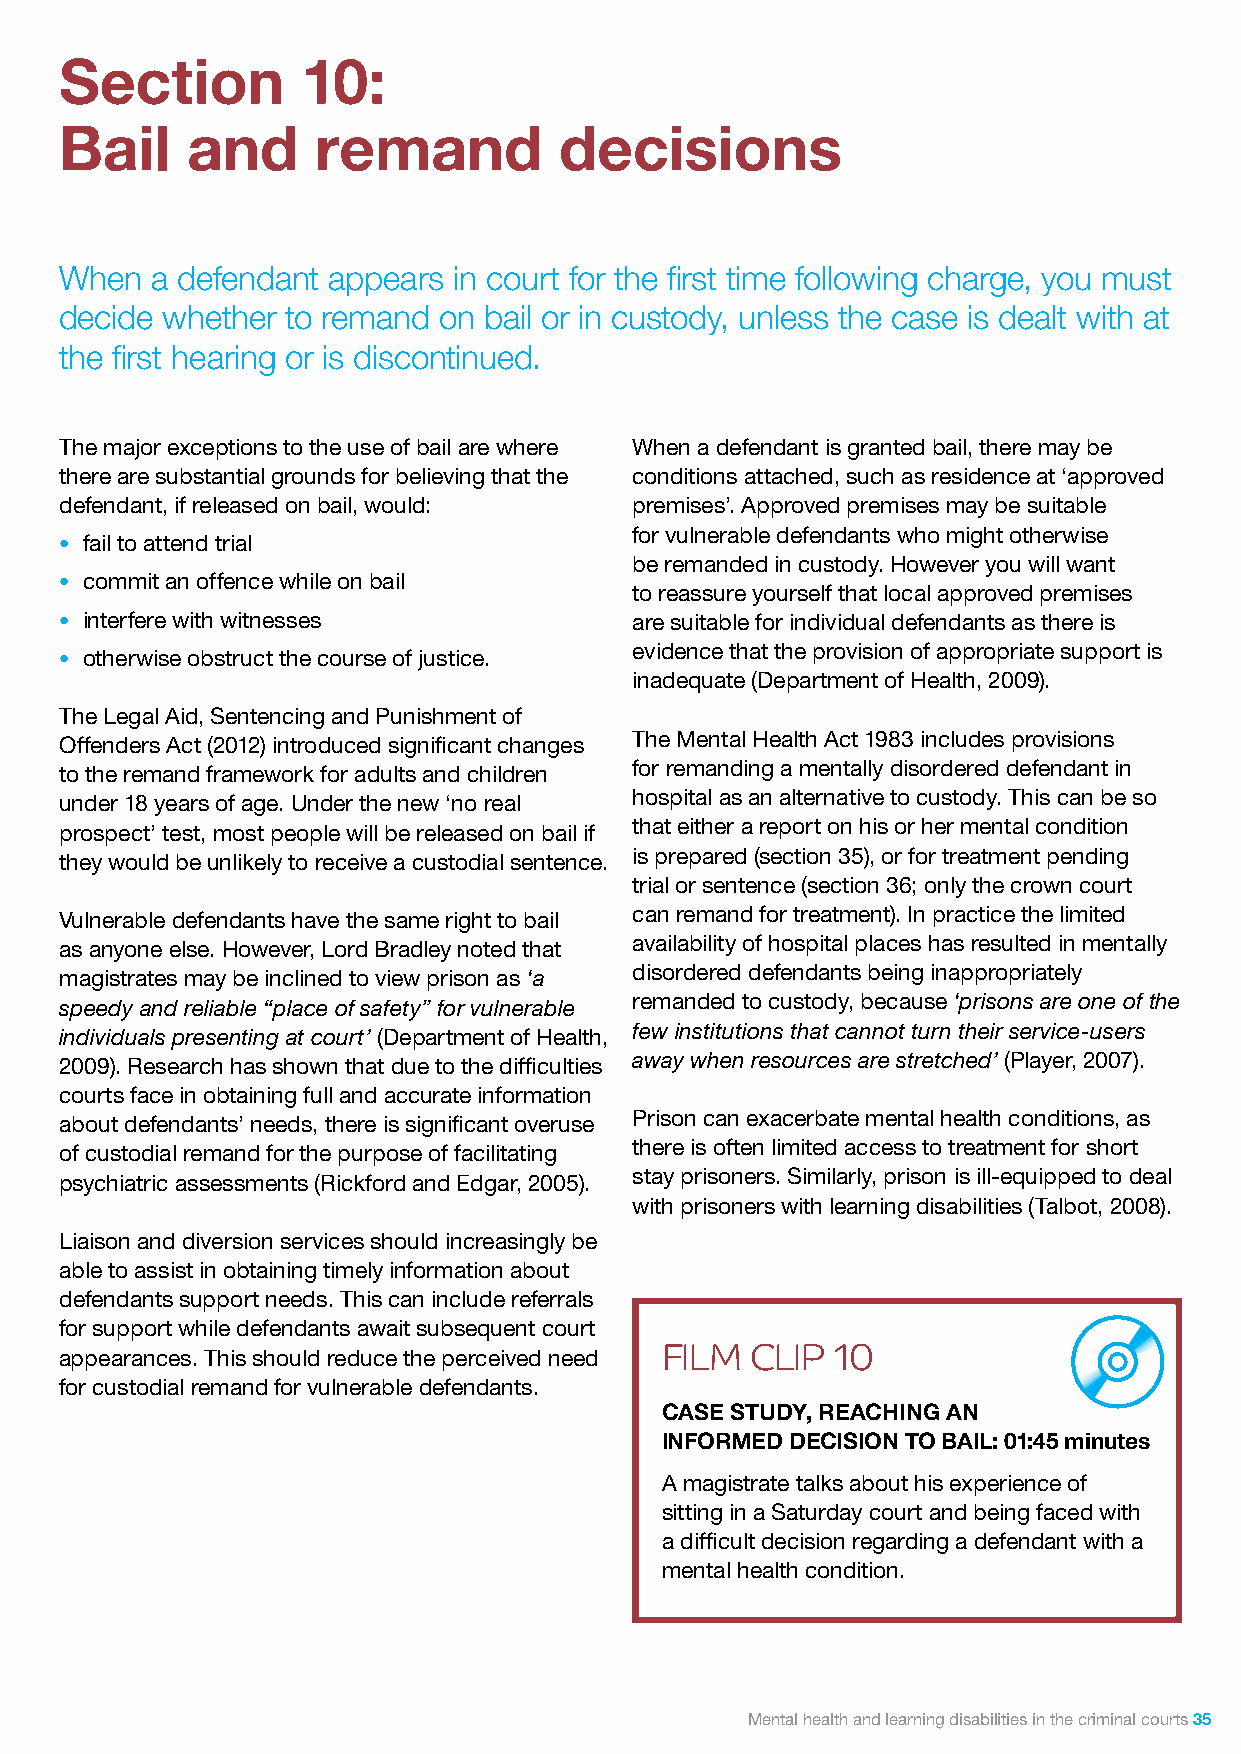
Section         10:
 Bail    and      remand          decisions
 When  a defendant appears in court for the first time following charge, you must
 decide whether to remand on bail or in custody, unless the case is dealt with at
 the first hearing or is discontinued.
 The major exceptions to the use of bail are where When a defendant is granted bail, there may be
 there are substantial grounds for believing that the conditions attached, such as residence at ‘approved
 defendant, if released on bail, would: premises’. Approved premises may be suitable
 for vulnerable defendants who might otherwise
 • fail to attend trial
 be remanded in custody. However you will want
 • commit an offence while on bail
 to reassure yourself that local approved premises
 • interfere with witnesses            are suitable for individual defendants as there is
 • otherwise obstruct the course of justice. evidence that the provision of appropriate support is
 inadequate (Department of Health, 2009).
 The Legal Aid, Sentencing and Punishment of
 Offenders Act (2012) introduced significant changes The Mental Health Act 1983 includes provisions
 to the remand framework for adults and children for remanding a mentally disordered defendant in
 under 18 years of age. Under the new ‘no real hospital as an alternative to custody. This can be so
 prospect’ test, most people will be released on bail if that either a report on his or her mental condition
 they would be unlikely to receive a custodial sentence. is prepared (section 35), or for treatment pending
 trial or sentence (section 36; only the crown court
 Vulnerable defendants have the same right to bail can remand for treatment). In practice the limited
 as anyone else. However, Lord Bradley noted that availability of hospital places has resulted in mentally
 magistrates may be inclined to view prison as ‘a disordered defendants being inappropriately
 speedy and reliable “place of safety” for vulnerable remanded to custody, because ‘prisons are one of the
 individuals presenting at court’ (Department of Health, few institutions that cannot turn their service-users
 2009). Research has shown that due to the difficulties away when resources are stretched’ (Player, 2007).
 courts face in obtaining full and accurate information
 about defendants’ needs, there is significant overuse Prison can exacerbate mental health conditions, as
 of custodial remand for the purpose of facilitating there is often limited access to treatment for short
 psychiatric assessments (Rickford and Edgar, 2005). stay prisoners. Similarly, prison is ill-equipped to deal
 with prisoners with learning disabilities (Talbot, 2008).
 Liaison and diversion services should increasingly be
 able to assist in obtaining timely information about
 defendants support needs. This can include referrals
 for support while defendants await subsequent court
 FILM  CLIP 10
 appearances. This should reduce the perceived need
 for custodial remand for vulnerable defendants.
 CASE STUDY, REACHING AN
 INFORMED DECISION TO BAIL: 01:45 minutes
 A magistrate talks about his experience of
 sitting in a Saturday court and being faced with
 a difficult decision regarding a defendant with a
 mental health condition.
 Mental health and learning disabilities in the criminal courts 35